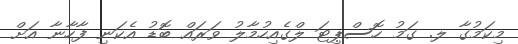
މިކަމުގާ ލ. ގަމު ހޮސްޕިޓަ ލްގެއިހުމާލު ވަރައް ބޮޑު އެކަނި ފާހާނާ އަށް